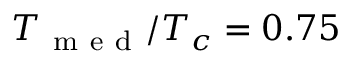
T _ { \mathrm { ~ m ~ e ~ d ~ } } / T _ { c } = 0 . 7 5